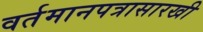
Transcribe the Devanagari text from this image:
वर्तमानपत्रासारखी